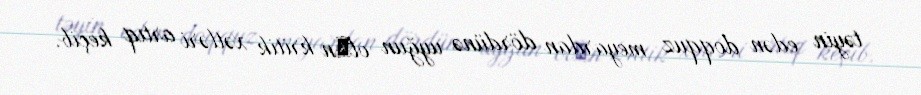
təyin edən doqquz meyardan dördünə uyğun olаn kritik xətləri artıq keçib.